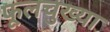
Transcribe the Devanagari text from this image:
फूलचुख्या